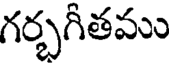
గర్భగీతము